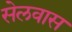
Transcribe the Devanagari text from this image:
सेलवास